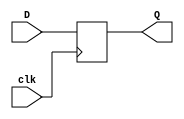
module FDD_negedge(input D, clk, 
							output reg Q);
							
	always @(negedge clk)
		Q <= D;
		
endmodule